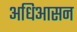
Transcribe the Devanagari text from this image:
अधिआसन